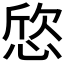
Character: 𢜛